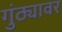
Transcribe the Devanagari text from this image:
गुंठ्यावर